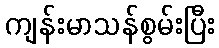
ကျန်းမာသန်စွမ်းပြီး